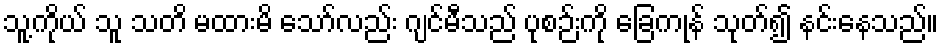
သူ့ကိုယ် သူ သတိ မထားမိ သော်လည်း ဂျင်မီသည် ပုစဉ်းကို ခြေကုန် သုတ်၍ နင်းနေသည်။